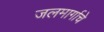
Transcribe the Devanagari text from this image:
जलमार्गाचे